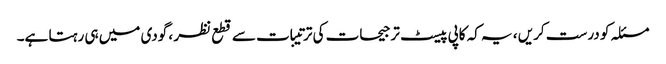
مسئلہ کو درست کریں ، یہ کہ کاپی پیسٹ ترجیحات کی ترتیبات سے قطع نظر ، گودی میں ہی رہتا ہے۔